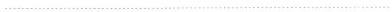
…………